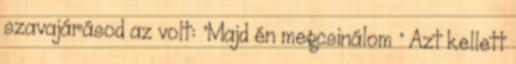
szavajárásod az volt: ’Majd én megcsinálom ’ Azt kellett